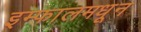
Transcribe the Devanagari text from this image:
इम्फालमधून